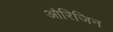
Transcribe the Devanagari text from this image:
आ॓रिजिन